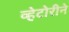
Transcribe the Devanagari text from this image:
व्हेटोरीने